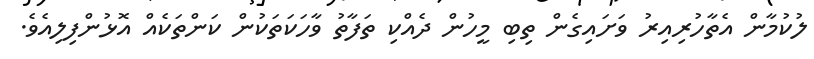
ލުކުމާން އެތާހުރިއިރު ވަށައިގެން ތިބި މީހުން ދެއްކި ތަފާތު ވާހަކަތަކުން ކަންތަކެއް އޮޅުންފިލިއެވެ.